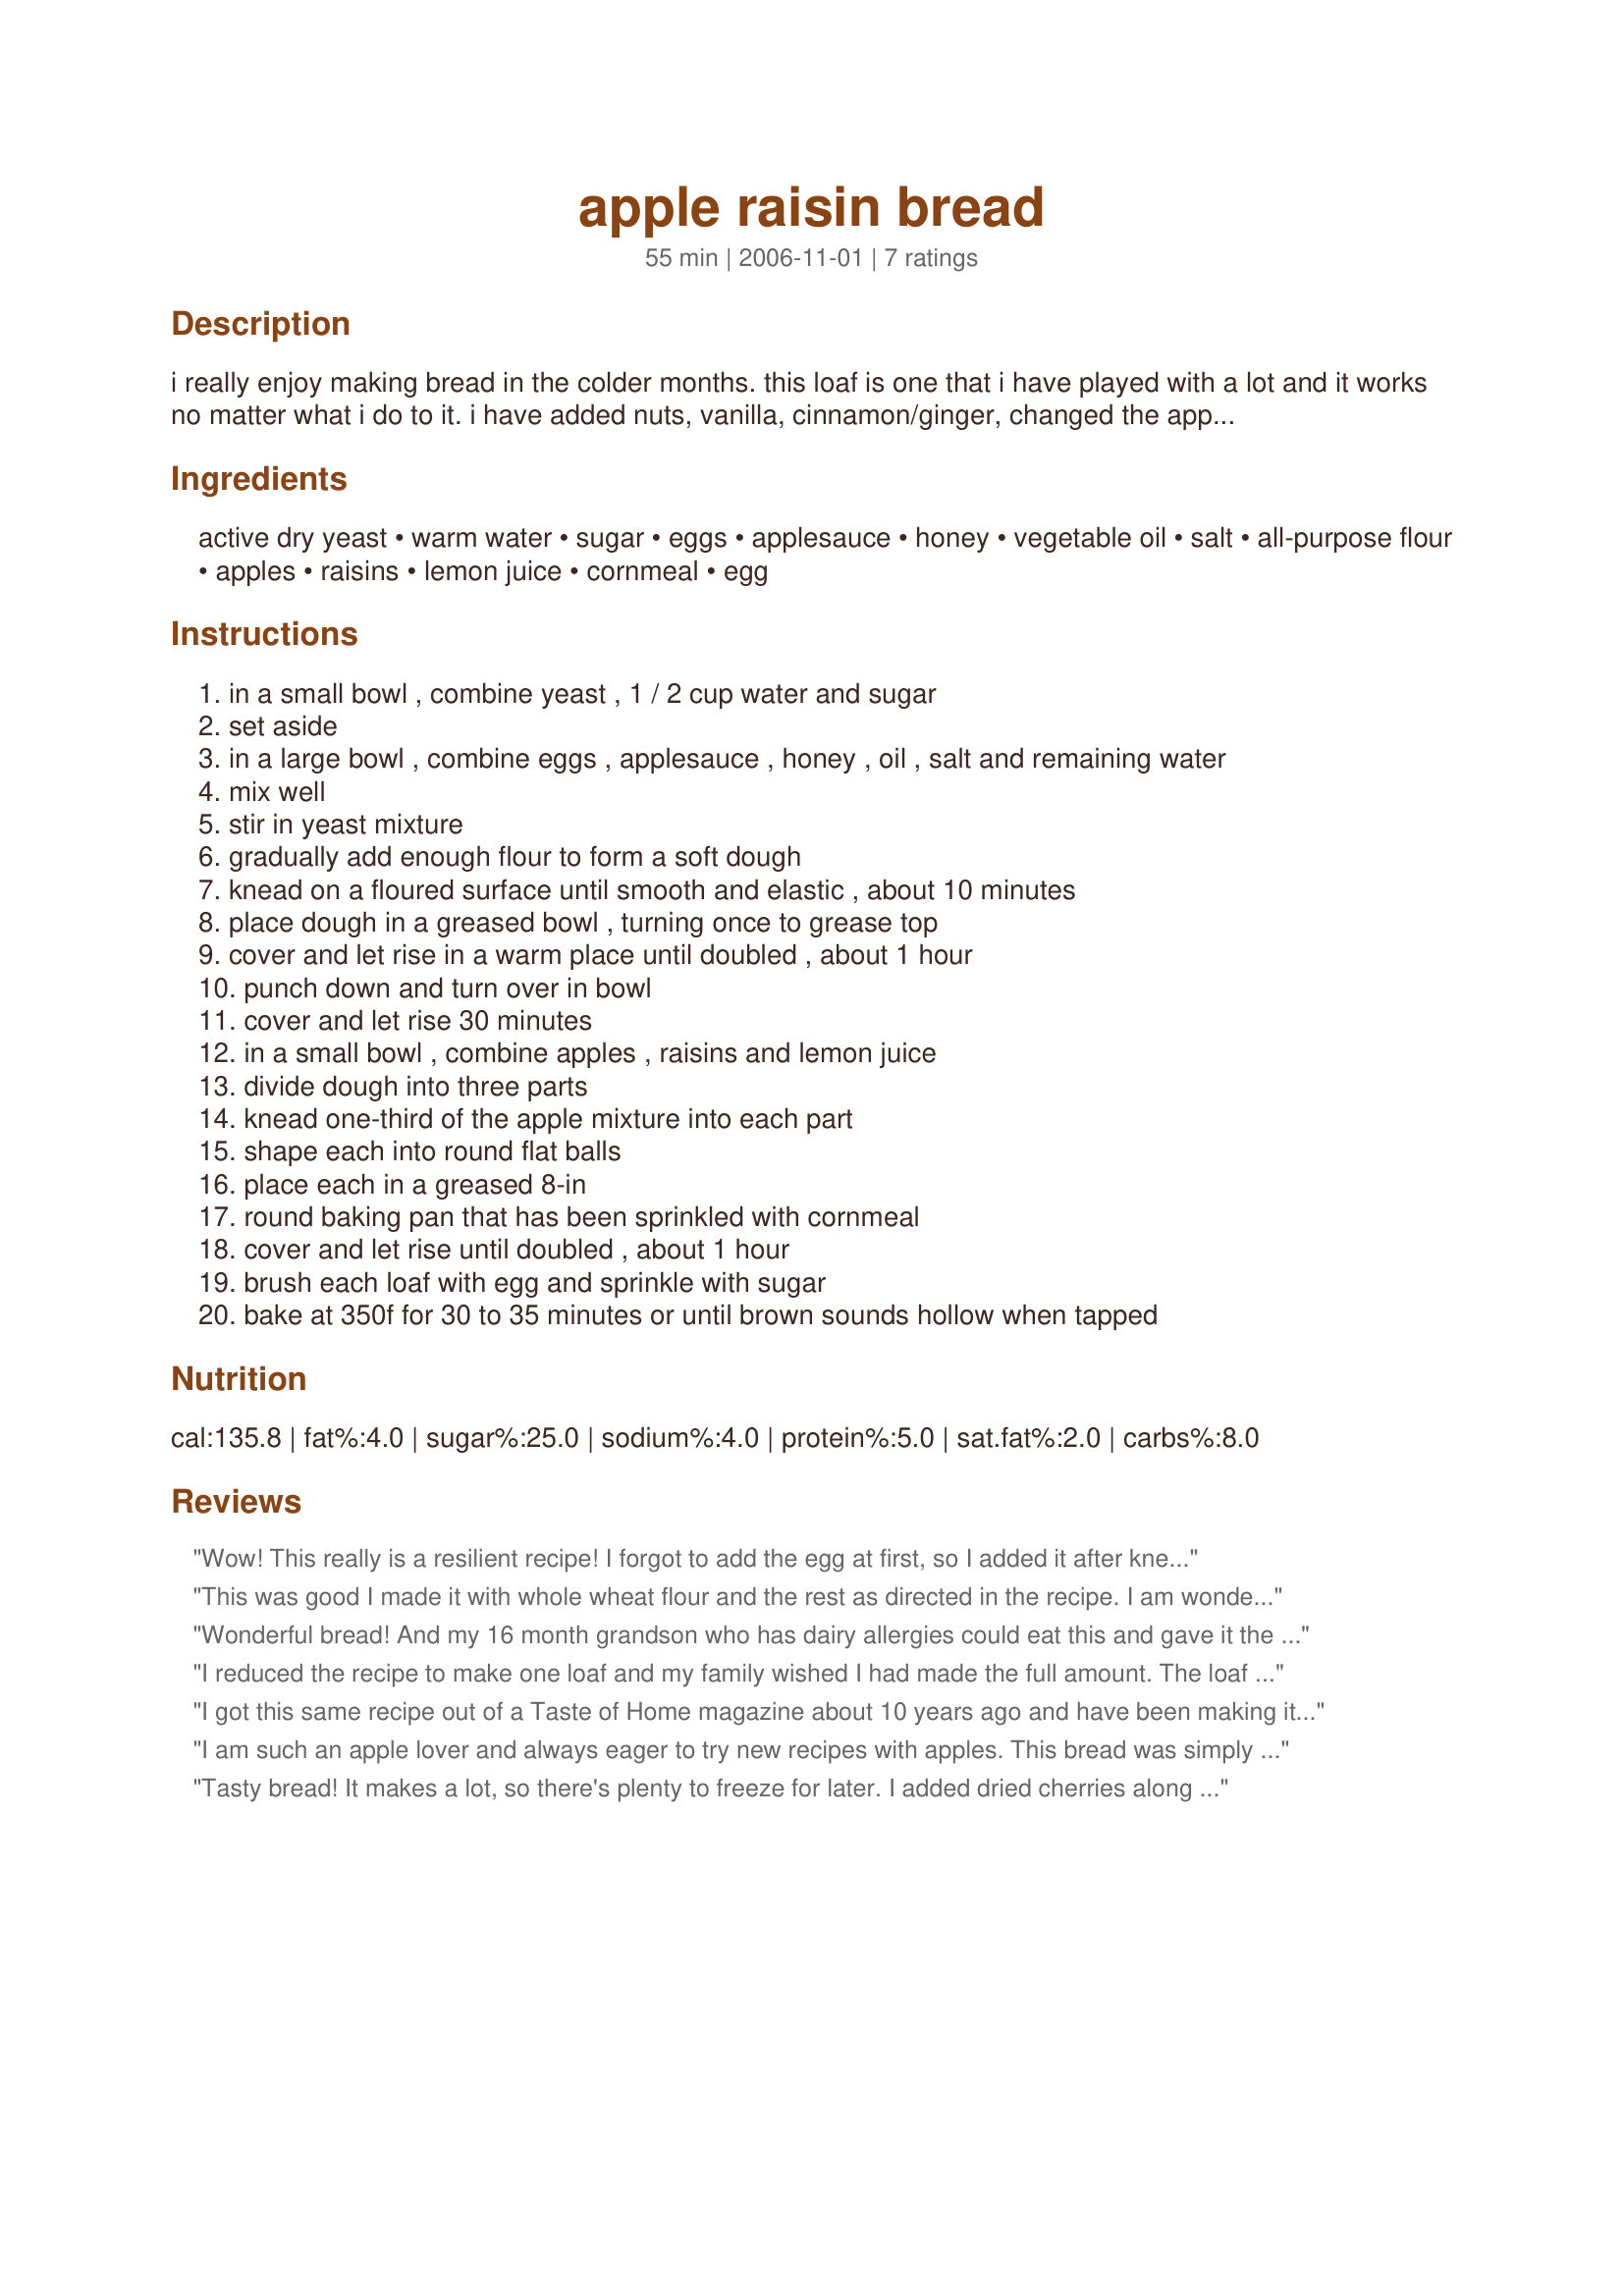
apple raisin bread
Preparation time: 55 minutes

i really enjoy making bread in the colder months. this loaf is one that i have played with a lot and it works no matter what i do to it. i have added nuts, vanilla, cinnamon/ginger, changed the apples to dried cherries( non sugared). i have used applebutter in place of applesauce and trimmed down the honey. well, you get the idea. 8" cake pans are the perfect thing for baking this bread. it will make 3 loaves.

Ingredients:
active dry yeast, warm water, sugar, eggs, applesauce, honey, vegetable oil, salt, all-purpose flour, apples, raisins, lemon juice, cornmeal, egg

Steps:
in a small bowl , combine yeast , 1 / 2 cup water and sugar
set aside
in a large bowl , combine eggs , applesauce , honey , oil , salt and remaining water
mix well
stir in yeast mixture
gradually add enough flour to form a soft dough
knead on a floured surface until smooth and elastic , about 10 minutes
place dough in a greased bowl , turning once to grease top
cover and let rise in a warm place until doubled , about 1 hour
punch down and turn over in bowl
cover and let rise 30 minutes
in a small bowl , combine apples , raisins and lemon juice
divide dough into three parts
knead one-third of the apple mixture into each part
shape each into round flat balls
place each in a greased 8-in
round baking pan that has been sprinkled with cornmeal
cover and let rise until doubled , about 1 hour
brush each loaf with egg and sprinkle with sugar
bake at 350f for 30 to 35 minutes or until brown sounds hollow when tapped

Reviews:
Wow! This really is a resilient recipe! I forgot to add the egg at first, so I added it after kneading, had to reknead and then add some more flour. It still turned out pretty tasty (luckily I only made 1/3 recipe)! I'll definitely make this again so I can do the recipe the right way!
This was good I made it with whole wheat flour and the rest as directed in the recipe. I am wondering why its not baked in Loaf pans? I think next time I would bake in loaf pans.
Wonderful bread! And my 16 month grandson who has dairy allergies could eat this and gave it the MORE rating via signing. The toast is remarkable! I used my KA mixer to knead this-the entire flour amount (8 cups) and went just fine. For last rising, I put one third in an 8 inch pan, one third in regular size loaf pan, and remaining one third in two mini loaf pans-and they all fit into my oven at the SAME time and took almost 35 minutes to bake. I plan on using some leftovers for French toast and Recipe#278571. I can see after cutting it that I did need to mix in the fruit mixture better than I did. Today, am serving with a St. Croix Falls, Wisconsin wine, Recipe#364732, Recipe#46922, squash, corn on the cob,and Recipe#360356. Thanks Annacia for a keeper. Made for Photo Tag.
I reduced the recipe to make one loaf and my family wished I had made the full amount. The loaf was very moist and tender. However, it toasted nicely the next morning for breakfast. Our grandson ate it lightly spread with cream cheese. I have added this recipe to my holiday cookbook to use in gift baskets. Thanks Annacia! Made for ZWT4.
I got this same recipe out of a Taste of Home magazine about 10 years ago and have been making it ever since. This is a moist, flavorful loaf and a favorite bread to make in the fall with fresh picked apples. It also makes wonderful toast. Great recipe- thanks for posting it here Annacia.
I am such an apple lover and always eager to try new recipes with apples. This bread was simply super! It was soooo moist. I made one loaf with cran/raisins since I have a fondness for cranberries too. Both were great and we enjoyed this for a snack last nite and again for breakfast this morning. Thanks for sharing such an enjoyable recipe. Made for ZWT4.
Tasty bread! It makes a lot, so there's plenty to freeze for later. I added dried cherries along with the raisins and apples. It was not too sweet even with 1/2 cup honey - I liked the sugar added on top. Thanks for posting!
Update: I had to come back and upgrade to 5 stars because the bread is still nice and moist 2 days later and tastes even better!
